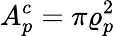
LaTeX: A_{p}^{c}=\pi\varrho_{p}^{2}